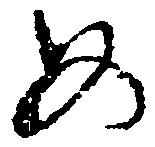
め